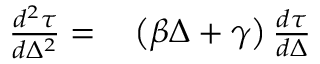
\begin{array} { r l } { \frac { d ^ { 2 } \tau } { d \Delta ^ { 2 } } = } & { { } \left( \beta \Delta + \gamma \right) \frac { d \tau } { d \Delta } } \end{array}